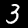
Digit: 3